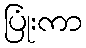
ပြုံးကာ